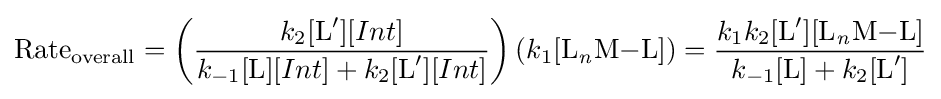
{\mathrm {Rate} {\vphantom {A}}_{\smash[{t}]{\mathrm {overall} }}}=\left({\frac {k_{2}[{\ce {L}}'][Int]}{{k_{-1}[{\ce {L}}][Int]}+k_{2}[{\ce {L}}'][Int]}}\right)({k_{1}[{\mathrm {L} {\vphantom {A}}_{\smash[{t}]{\mathit {n}}}\mathrm {M} {-}\mathrm {L} }]})={\frac {k_{1}k_{2}[{\ce {L}}'][{\mathrm {L} {\vphantom {A}}_{\smash[{t}]{\mathit {n}}}\mathrm {M} {-}\mathrm {L} }]}{{k_{-1}[{\ce {L}}]}+k_{2}[{\ce {L}}']}}